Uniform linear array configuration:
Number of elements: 8
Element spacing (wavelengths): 1
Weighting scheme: hann
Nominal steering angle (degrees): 30
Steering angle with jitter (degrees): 30.117
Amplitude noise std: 0.05
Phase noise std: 0.05

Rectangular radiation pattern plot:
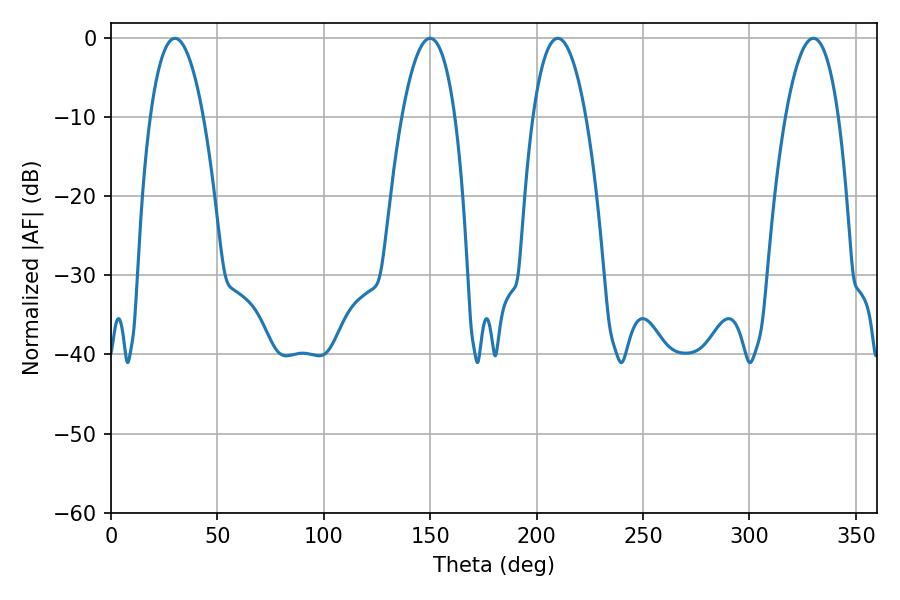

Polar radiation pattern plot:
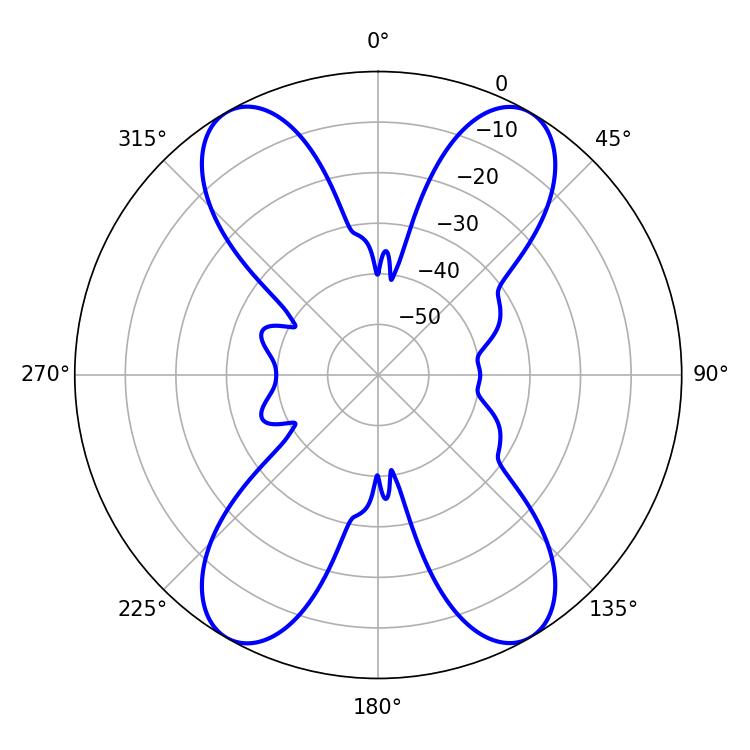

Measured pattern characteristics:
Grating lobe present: TRUE
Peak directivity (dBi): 29.663
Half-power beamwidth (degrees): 13.86
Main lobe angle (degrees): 30.06